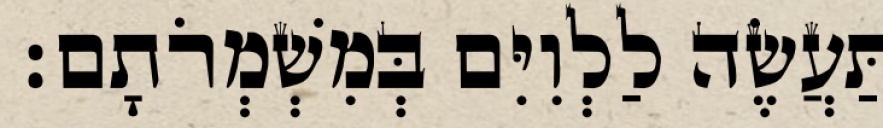
תַּעֲשֶׂה לַלְוִיִּם בְּמִשְׁמְרֹתָם׃